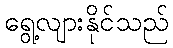
ရွေ့လျားနိုင်သည်